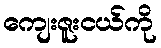
ကျေးဇူးငယ်ကို